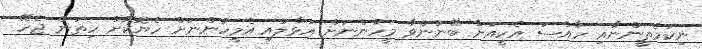
ނިކަމެތީންނާއި ހާއްސަ އެހީއަށް ބޭނުންވާ މީހުންނަށް އަޅާލައި އެމީހުންނަށް ހެޔޮކޮށް ހިތަން ޖެހޭ